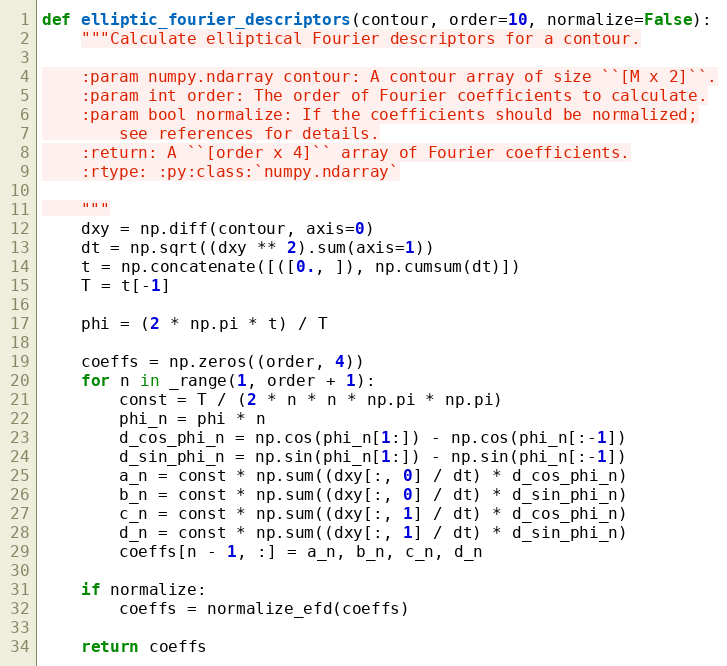
Language: Python
def elliptic_fourier_descriptors(contour, order=10, normalize=False):
    """Calculate elliptical Fourier descriptors for a contour.

    :param numpy.ndarray contour: A contour array of size ``[M x 2]``.
    :param int order: The order of Fourier coefficients to calculate.
    :param bool normalize: If the coefficients should be normalized;
        see references for details.
    :return: A ``[order x 4]`` array of Fourier coefficients.
    :rtype: :py:class:`numpy.ndarray`

    """
    dxy = np.diff(contour, axis=0)
    dt = np.sqrt((dxy ** 2).sum(axis=1))
    t = np.concatenate([([0., ]), np.cumsum(dt)])
    T = t[-1]

    phi = (2 * np.pi * t) / T

    coeffs = np.zeros((order, 4))
    for n in _range(1, order + 1):
        const = T / (2 * n * n * np.pi * np.pi)
        phi_n = phi * n
        d_cos_phi_n = np.cos(phi_n[1:]) - np.cos(phi_n[:-1])
        d_sin_phi_n = np.sin(phi_n[1:]) - np.sin(phi_n[:-1])
        a_n = const * np.sum((dxy[:, 0] / dt) * d_cos_phi_n)
        b_n = const * np.sum((dxy[:, 0] / dt) * d_sin_phi_n)
        c_n = const * np.sum((dxy[:, 1] / dt) * d_cos_phi_n)
        d_n = const * np.sum((dxy[:, 1] / dt) * d_sin_phi_n)
        coeffs[n - 1, :] = a_n, b_n, c_n, d_n

    if normalize:
        coeffs = normalize_efd(coeffs)

    return coeffs